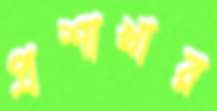
প্রশাখার